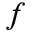
f